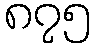
၈၇၅